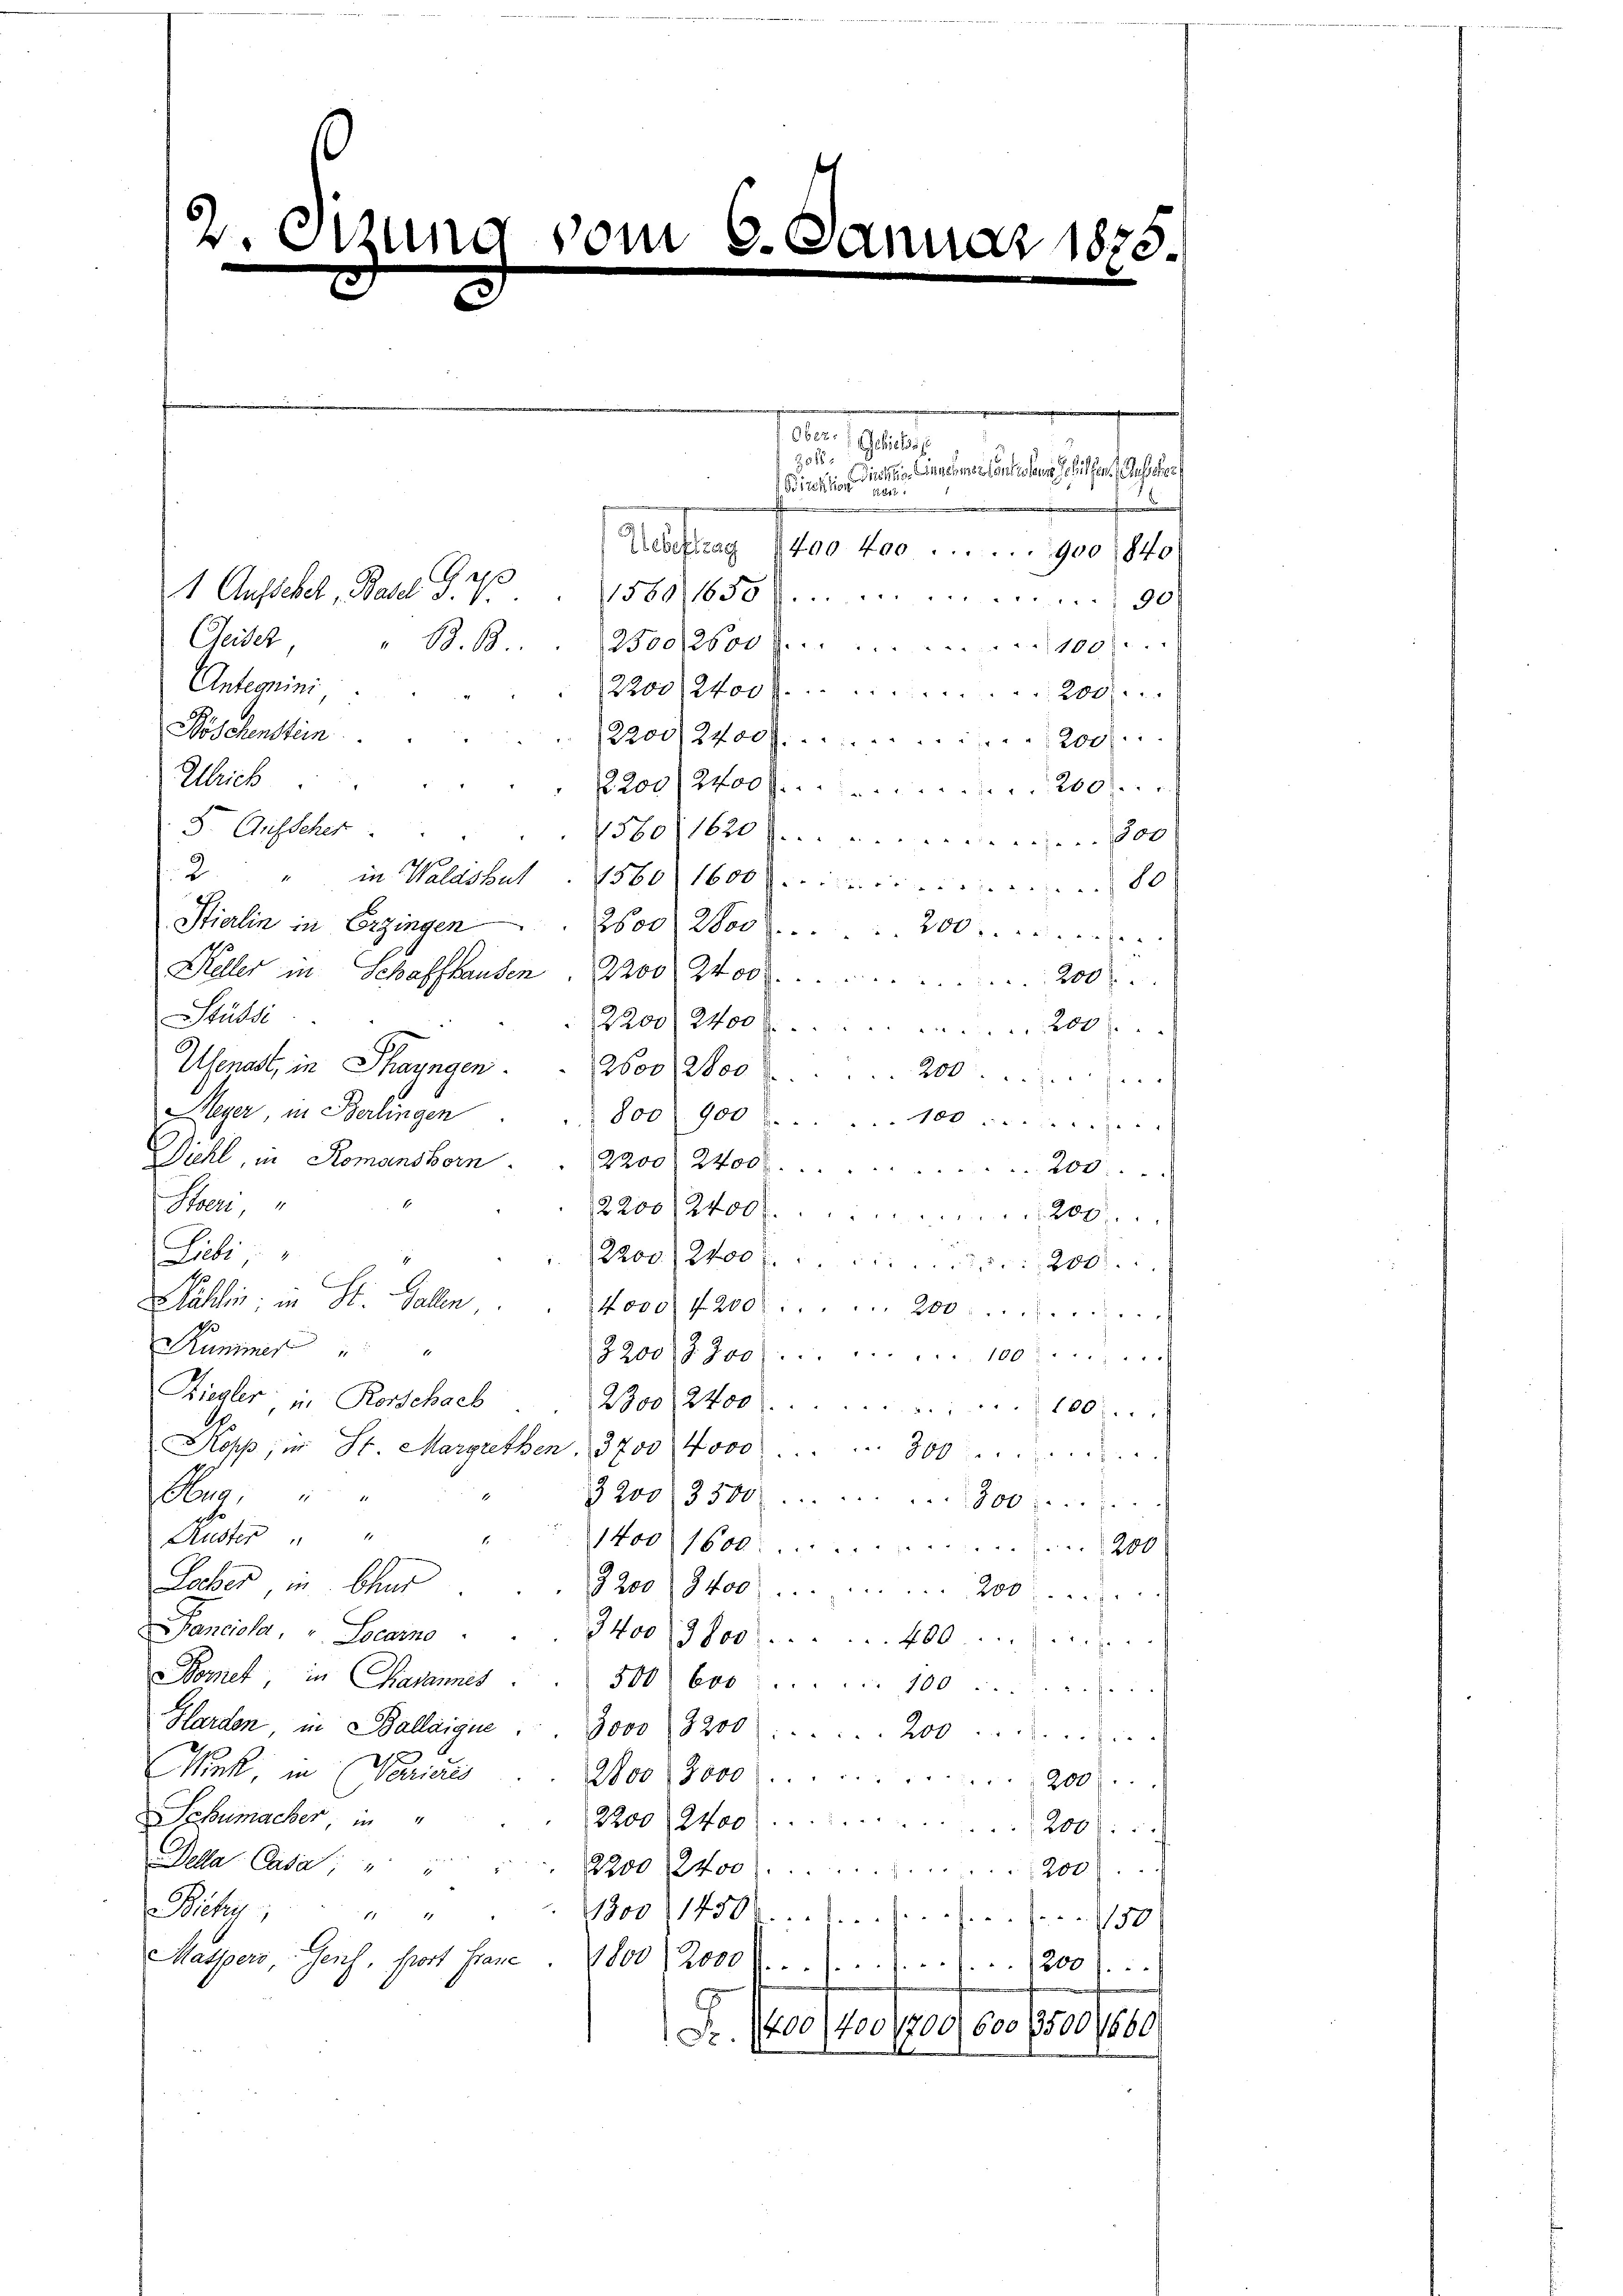
2. Die
x
.

vom

1910.
Diechen Einschmer entschen Gehilfen. Aus der
Birektion den
.
Austrag 1400 fr. 900, Sto
Pap
1 Ausschert Basel d. V.
1580650 f 30
Geidet
63. 63
2500/2600 f 100.
Antcomini,
2200, 2400 f 200.
Böschenstein
2200/2400 f 200
Ulrich
2200/2400 f 200
5. Aufscher
1580. 1620 f. den 800
2 " in Waldshut. 1560 1600 l. in einen 80
Stierlin in Erzingen
2600. 2800 r. 200
Keller in Schaffhausen. 2200 2400.
200
Stüksi
2200, 2400 f 200 l.
Uenast, in Thayngen . . 2600 Woc
2
Aeger in Berlingen
800 900 r. 100.
Diehl, in Romanshorn . . 2200 2400.
200.
Stoeri,
2200, 2400 r. 200
Liebi
22od. 2400 f. 200.
Wahlen; in St. Gallen
4000. 4200. 200.
Kummer
2200, 2800  .  ..  ..  ..  .. .. 100.
Ziegler in Rorschach
2300, 2400. 100
Kopp, in St. Margrethen, 3700 000 . . . 300.
ua,
3200 3500. 300.
Ruster " "
1400 1600200
Locher in Chur
9200, 2400 . . . . . . 200.
Panciela, u. Locarno
3400 Jos. 400
Bomet, in Casannes.
500) 600
1482 x
Harden, in Ballaigue . . 3000 (8200 . . . . 200
Nek, in Noricis
Noo : 3000.
200)
Schumacher, in
2200, 2400.
200:
Della Cata; " "
2200, 2400
200 f.
Bichen
1300 (14500.
. her
150
Matspers, Genf, port Fraue
800) 2000 f 1200 f
Fr. 400,400, 1200), 600 /500/680

3516

Aar 1875.